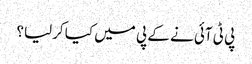
پی ٹی آئی نے کے پی میں کیا کرلیا؟